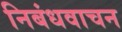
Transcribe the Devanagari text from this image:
निबंधवाचन